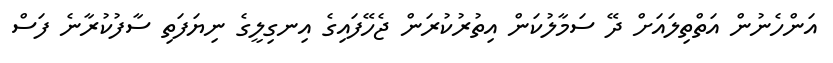
އަންހެނުން އަތްތިލައަށް ދޭ ސަމާލުކަން އިތުރުކުރަން ޖެހޭފައިގެ އިނގިލީގެ ނިޔަފަތި ސާފުކުރާނެ ފަސް